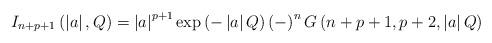
LaTeX: \begin{align*}I_{n+p+1}\left( \left| a\right| ,Q\right) =\left| a\right| ^{p+1}\exp \left(-\left| a\right| Q\right) \left( -\right) ^nG\left( n+p+1,p+2,\left|a\right| Q\right) \end{align*}